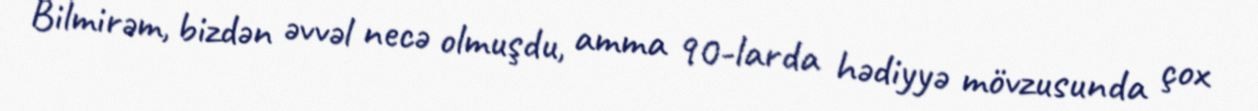
Bilmirəm, bizdən əvvəl necə olmuşdu, amma 90-larda hədiyyə mövzusunda çox